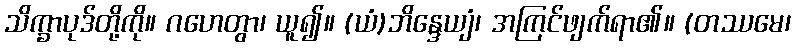
သိက္ခာပုဒ်တို့ကို။ ဂဟေတွာ၊ ယူ၍။ (ယံ)ဘိန္ဒေယျံ၊ အကြင်ဖျက်ရာ၏။ (တဿမေ၊